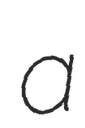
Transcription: a